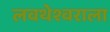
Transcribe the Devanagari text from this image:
लवथेश्वराला